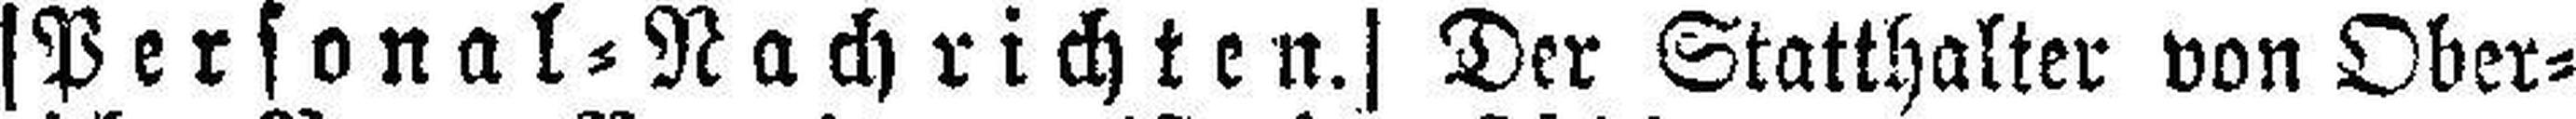
[Personal=Nachrichten.] Der Statthalter von Ober¬